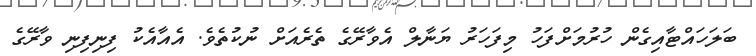
ބަލަހައްޓާއިގެން ހުރުމަށްފަހު މިފަހަރު ޔަނާލް އެވާރޭގެ ތެރެއަށް ނުކުތެވެ. އެއާއެކު ފިނިފިނި ވާރޭގެ